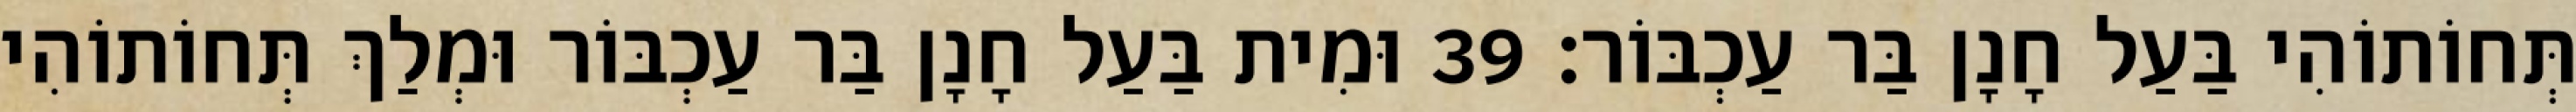
תְּחוֹתוֹהִי בַּעַל חָנָן בַּר עַכְבּוֹר׃ 39 וּמִית בַּעַל חָנָן בַּר עַכְבּוֹר וּמְלַךְ תְּחוֹתוֹהִי